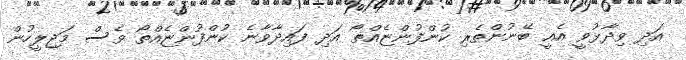
އަދި ވިދާޅުވީ އެއީ ބޭނުންތެރި ކުންފުންޏެއްތޯ އަދި ފައިދާވާނެ ކުންފުންޏެއްތޯ ވެސް މަޖިލީހުން